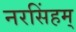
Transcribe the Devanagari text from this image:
नरसिंहम्